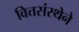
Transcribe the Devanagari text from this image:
वित्तसंस्थेने